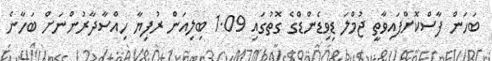
ބަހަން ފާސްކޮށްފައިވާތީ ޖުމްލަ ޑިވިޑެންޑްގެ ގޮތުގައި 1.09 ބިލިއަން ރުފިޔާ ހިއްސާދާރުންނަށް ބަހާނެ